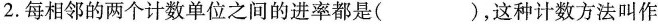
2. 每相邻的两个计数单位之间的进率都是( )，这种计数方法叫作